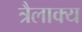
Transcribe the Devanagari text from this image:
त्रैलाक्य